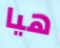
هيا